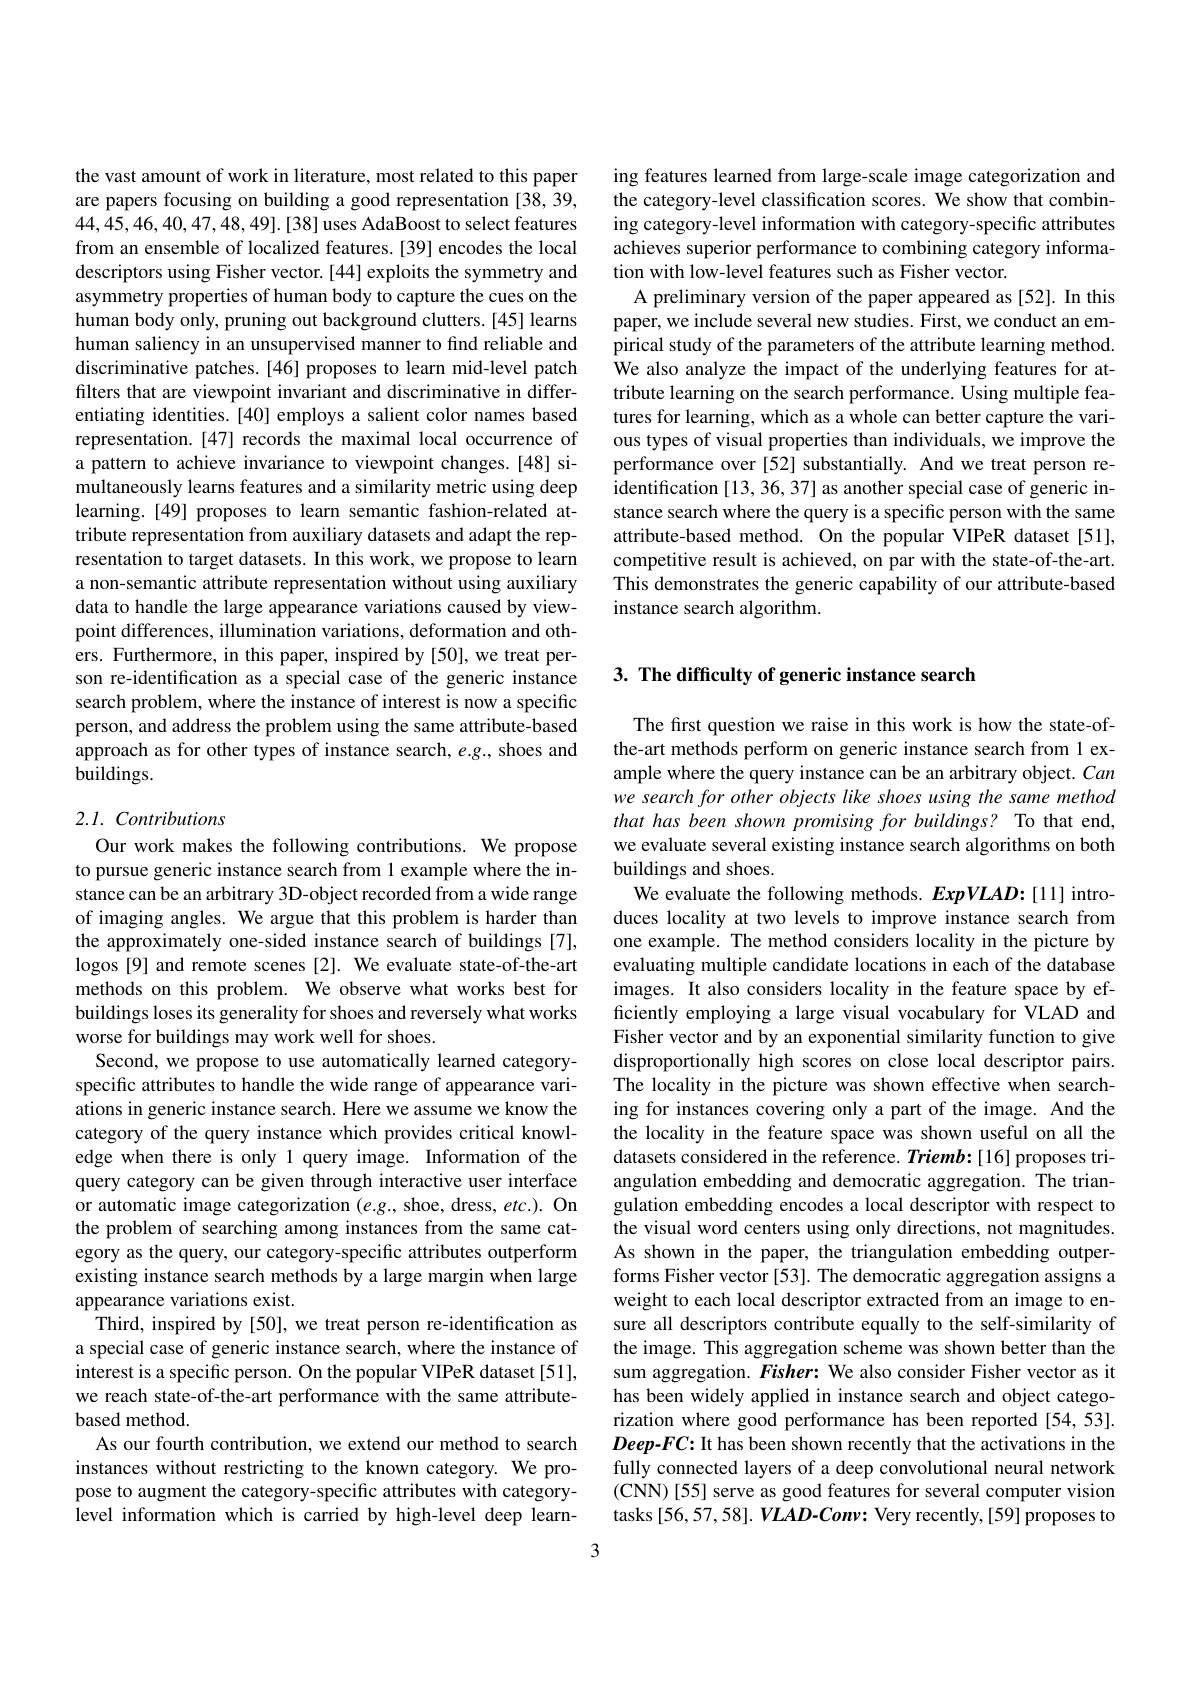
the vast amount of work in literature, most related to this paper are papers focusing on building a good representation [38,39, 44,45,46,40,47,48,49].[38] uses AdaBoost to select features from an ensemble of localized features.[39] encodes the local descriptors using Fisher vector.[44] exploits the symmetry and asymmetry properties of human body to capture the cues on the human body only, pruning out background clutters. [45] learns human saliency in an unsupervised manner to find reliable and discriminative patches.[46] proposes to learn mid-level patch filters that are viewpoint invariant and discriminative in differentiating identities.[40] employs a salient color names based representation.[47] records the maximal local occurrence of a pattern to achieve invariance to viewpoint changes.[48] simultaneously learns features and a similarity metric using deep learning.[49] proposes to learn semantic fashion-related attribute representation from auxiliary datasets and adapt the representation to target datasets. In this work, we propose to learn a non-semantic attribute representation without using auxiliary data to handle the large appearance variations caused by viewpoint differences, illumination variations, deformation and others. Furthermore, in this paper, inspired by [50], we treat person re-identification as a special case of the generic instance search problem, where the instance of interest is now a specific person, and address the problem using the same attribute-based approach as for other types of instance search, e.g., shoes and $\hat{\text{buildings.}}$

## 2.1. Contributions

Our work makes the following contributions. We propose to pursue generic instance search from 1 example where the instance can be an arbitrary 3D-object recorded from a wide range of imaging angles. We argue that this problem is harder than the approximately one-sided instance search of buildings [7], logos [9] and remote scenes [2]. We evaluate state-of-the-art methods on this problem. We observe what works best for buildings loses its generality for shoes and reversely what works worse for buildings may work well for shoes.
Second, we propose to use automatically learned categoryspecific attributes to handle the wide range of appearance variations in generic instance search. Here we assume we know the category of the query instance which provides critical knowledge when there is only 1 query image. Information of the query category can be given through interactive user interface or automatic image categorization $(e.g.$, shoe, dress, $etc.).$ On the problem of searching among instances from the same category as the query, our category-specific attributes outperform existing instance search methods by a large margin when large appearance variations exist.
Third, inspired by [50], we treat person re-identification as a special case of generic instance search, where the instance of interest is a specific person. On the popular VIPeR dataset [51], we reach state-of-the-art performance with the same attributebased method.
As our fourth contribution, we extend our method to search instances without restricting to the known category. We propose to augment the category-specific attributes with categorylevel information which is carried by high-level deep learn-

ing features learned from large-scale image categorization and the category-level classification scores. We show that combining category-level information with category-specific attributes achieves superior performance to combining category information with low-level features such as Fisher vector.
A preliminary version of the paper appeared as [52]. In this paper, we include several new studies. First, we conduct an empirical study of the parameters of the attribute learning method. We also analyze the impact of the underlying features for attribute learning on the search performance. Using multiple features for learning, which as a whole can better capture the various types of visual properties than individuals, we improve the performance over [52] substantially. And we treat person reidentification [13, 36, 37] as another special case of generic instance search where the query is a specific person with the same attribute-based method. On the popular VIPeR dataset [51], competitive result is achieved, on par with the state-of-the-art. This demonstrates the generic capability of our attribute-based instance search algorithm.

## 3. The difficulty of generic instance search

The first question we raise in this work is how the state-ofthe-art methods perform on generic instance search from l example where the query instance can be an arbitrary object. Can we search for other objects like shoes using the same method that has been shown promising for buildings? To that end, we evaluate several existing instance search algorithms on both buildings and shoes.
We evaluate the following methods. ExpVLAD:[11] introduces locality at two levels to improve instance search from one example. The method considers locality in the picture by evaluating multiple candidate locations in each of the database images. It also considers locality in the feature space by efficiently employing a large visual vocabulary for VLAD and Fisher vector and by an exponential similarity function to give disproportionally high scores on close local descriptor pairs. The locality in the picture was shown effective when searching for instances covering only a part of the image. And the the locality in the feature space was shown useful on all the datasets considered in the reference. Triemb:[16] proposes triangulation embedding and democratic aggregation. The triangulation embedding encodes a local descriptor with respect to the visual word centers using only directions, not magnitudes. As shown in the paper, the triangulation embedding outperforms Fisher vector [53]. The democratic aggregation assigns a weight to each local descriptor extracted from an image to ensure all descriptors contribute equally to the self-similarity of the image. This aggregation scheme was shown better than the sum aggregation. Fisher: We also consider Fisher vector as it has been widely applied in instance search and object categorization where good performance has been reported [54,53]. Deep-FC: It has been shown recently that the activations in the fully connected layers of a deep convolutional neural network (CNN) [55] serve as good features for several computer vision tasks [56,57,58]. VLAD-Conv: Very recently,[59] proposes to
3